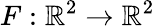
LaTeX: F:\mathbb{R}^{2}\rightarrow\mathbb{R}^{2}